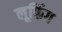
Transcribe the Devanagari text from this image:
लूफिंग